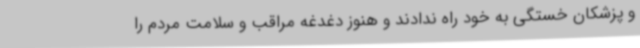
و پزشکان خستگی به خود راه ندادند و هنوز دغدغه مراقب و سلامت مردم را